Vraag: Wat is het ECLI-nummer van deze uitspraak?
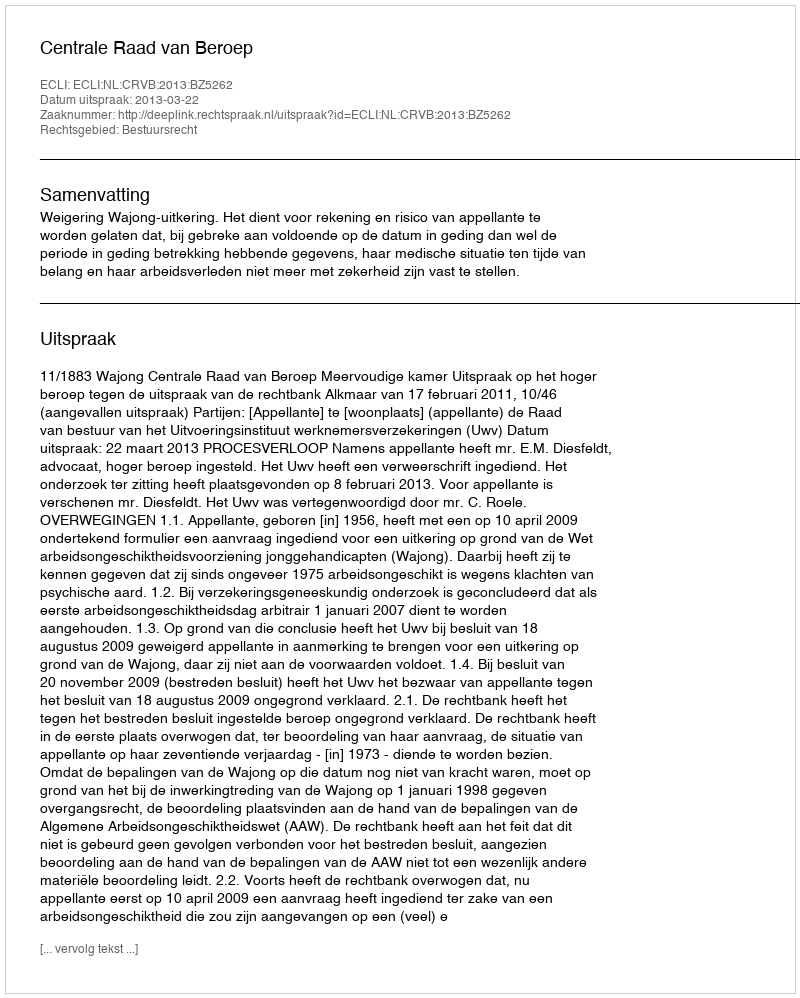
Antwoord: ECLI:NL:CRVB:2013:BZ5262